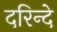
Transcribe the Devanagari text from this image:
दरिन्दे